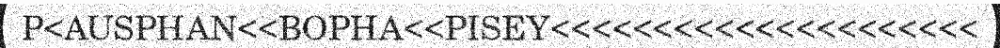
P<AUSPHAN<<BOPHA<<PISEY<<<<<<<<<<<<<<<<<<<<<